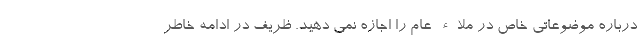
درباره موضوعاتی خاص در ملاء عام را اجازه نمی دهید. ظریف در ادامه خاطر